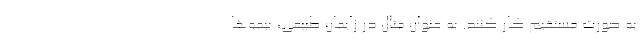
به‌ صورت مستقیم کار کنند. به‌ عنوان‌ مثال در زایمان طبیعی، بیمه‌ها